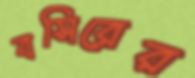
বসিরের